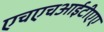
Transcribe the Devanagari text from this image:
एचएचआईटीएए